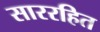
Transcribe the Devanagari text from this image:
साररहित